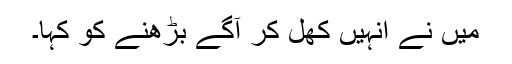
میں نے انہیں کھل کر آگے بڑھنے کو کہا۔